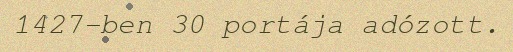
1427-ben 30 portája adózott.